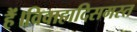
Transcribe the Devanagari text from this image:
हैं।विवाहादिसमस्त